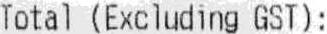
TOTAL (EXCLUDING GST):